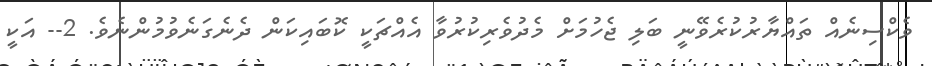
ވެކްސިނެއް ތައްޔާރުކުރެވޭނީ ބަލި ޖެހުމަށް މެދުވެރިކުރުވާ އެއްޗަކީ ކޮބައިކަން ދެނެގަނެވުމުންނެވެ. 2-- އަކީ